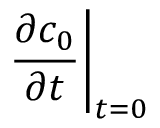
\left. \frac { \partial c _ { 0 } } { \partial t } \right| _ { t = 0 }